Reports on military cantonments and civil stations in the Presidency of Bombay inspected by the Sanitary Commissioner in the years 1875 and 1876
Year: 1875
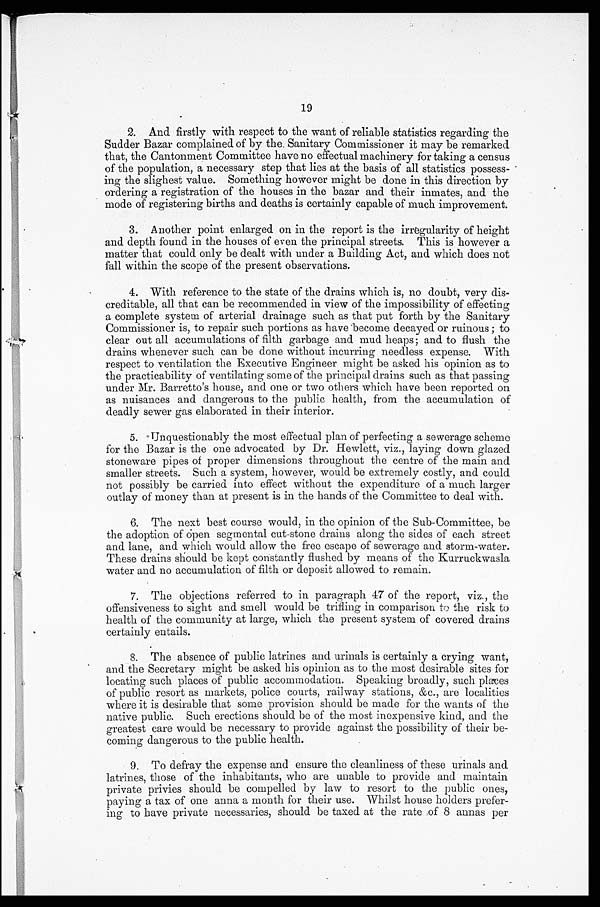
19
2. And firstly with respect to the want of reliable statistics regarding the
Scudder Bazar complained of by the Sanitary Commissioner it may be remarked
that, the Cantonment Committee have no effectual machinery for taking a census
of the population, a necessary step that lies at the basis of all statistics possess-
ing the slighest value. Something however might be done in this direction by
ordering a registration of the houses in the bazar and their inmates, and the
mode of registering births and deaths is certainly capable of much improvement.
3. Another point enlarged on in the report is the irregularity of height
and depth found in the houses of even the principal streets. This is however a
matter that could only be dealt with under a Building Act, and which does not
fall within the scope of the present observations.
4. With reference to the state of the drains which is, no doubt, very dis-
creditable, all that can be recommended in view of the impossibility of effecting
a complete system of arterial drainage such as that put forth by the Sanitary
Commissioner is, to repair such portions as have become decayed or ruinous; to
clear out all accumulations of filth garbage and mud heaps; and to flush the
drains whenever such can be done without incurring needless expense. With
respect to ventilation the Executive Engineer might be asked his opinion as to
the practicability of ventilating some of the principal drains such as that passing
under Mr. Barretto's house, and one or two others which have been reported on
as nuisances and dangerous to the public health, from the accumulation of
deadly sewer gas elaborated in their interior.
5. Unquestionably the most effectual plan of perfecting a sewerage scheme
for the Bazar is the one advocated by Dr. Hewlett, viz., laying down glazed
stoneware pipes of proper dimensions throughout the centre of the main and
smaller streets. Such a system, however, would be extremely costly, and could
not possibly be carried into effect without the expenditure of a much larger
outlay of money than at present is in the hands of the Committee to deal with.
6. The next best course would, in the opinion of the Sub-Committee, be
the adoption of Open segmental cut-stone drains along the sides of each street
and lane, and which would allow the free escape of sewerage and storm-water.
These drains should be kept constantly flushed by means of the Kurruckwasla
water and no accumulation of filth or deposit allowed to remain.
7. The objections referred to in paragraph 47 of the report, viz., the
offensiveness to sight and smell would be trifling in comparison to the risk to
health of the community at large, which the present system of covered drains
certainly entails.
8. The absence of public latrines and urinals is certainly a crying want,
and the Secretary might be asked his opinion as to the most desirable sites for
locating such places of public accommodation. Speaking broadly, such places
of public resort as markets, police courts, railway stations, &c., are localities
where it is desirable that some provision should be made for the wants of the
native public. Such erections should be of the most inexpensive kind, and the
greatest care would be necessary to provide against the possibility of their be-
coming dangerous to the public health.
9. To defray the expense and ensure the cleanliness of these urinals and
latrines, those of the inhabitants, who are unable to provide and maintain
private privies should be compelled by law to resort to the public ones,
paying a tax of one anna a month for their use. Whilst house holders prefer-
ing to have private necessaries, should be taxed at the rate of 8 aunas per